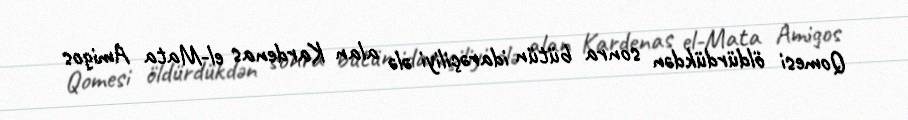
Qomesi öldürdükdən sonra bütün idarəçiliyi ələ alan Kardenas el-Mata Amigos